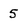
Character: 5